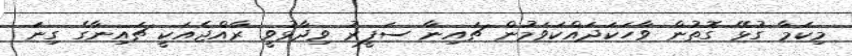
މިކަމާ ގުޅޭ ގޮތުން ވާހަކަދައްކަވަމުން ޗައިނާ ސަފީރު ވިދާޅުވީ ރާއްޖެއަކީ ޗައިނާގެ ގިނަ